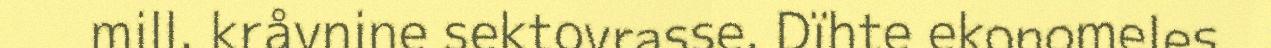
mill. kråvnine sektovrasse. Dïhte ekonomeles